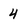
Character: 4